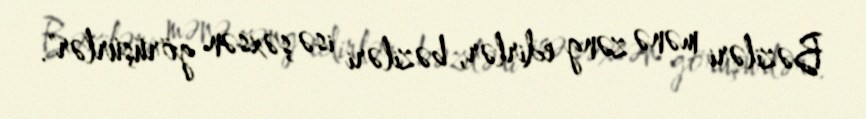
Bəziləri mənə zəng edirlər, bəziləri isə şəxsən görüşürlər".